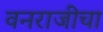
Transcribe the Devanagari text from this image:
वनराजीचा